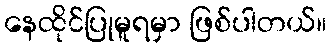
နေထိုင်ပြုမူရမှာ ဖြစ်ပါတယ်။